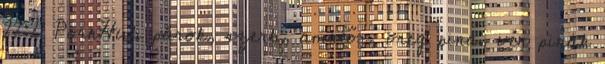
22:21 PornHub párok, szerb, amatőr, öreg pina, vén pinák